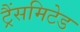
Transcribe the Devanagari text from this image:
ट्रैंसमिटेड